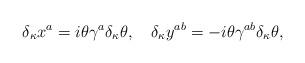
LaTeX: \begin{align*}\delta_\kappa x^a=i\theta\gamma^a\delta_\kappa\theta, \quad\delta_\kappa y^{ab}=-i\theta\gamma^{ab}\delta_\kappa\theta,\end{align*}